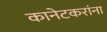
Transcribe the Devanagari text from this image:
कानेटकरांना